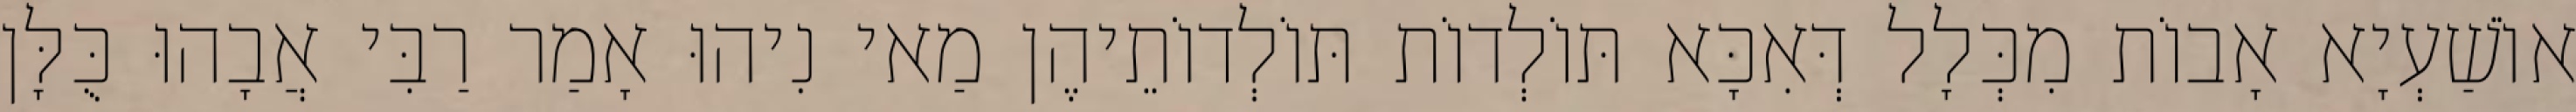
אוֹשַׁעְיָא אָבוֹת מִכְּלָל דְּאִכָּא תּוֹלְדוֹת תּוֹלְדוֹתֵיהֶן מַאי נִיהוּ אָמַר רַבִּי אֲבָהוּ כֻּלָּן